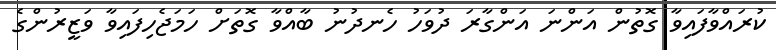
ކުރައްވާފައިވާ ގޮތުން އަންނަ އަންގާރަ ދުވަހު ހެނދުނު ބާއްވާ ގޮތަށް ހަމަޖެހިފައިވާ ވަޒީރުންގެ